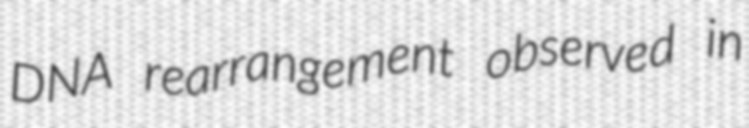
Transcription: DNA rearrangement observed in